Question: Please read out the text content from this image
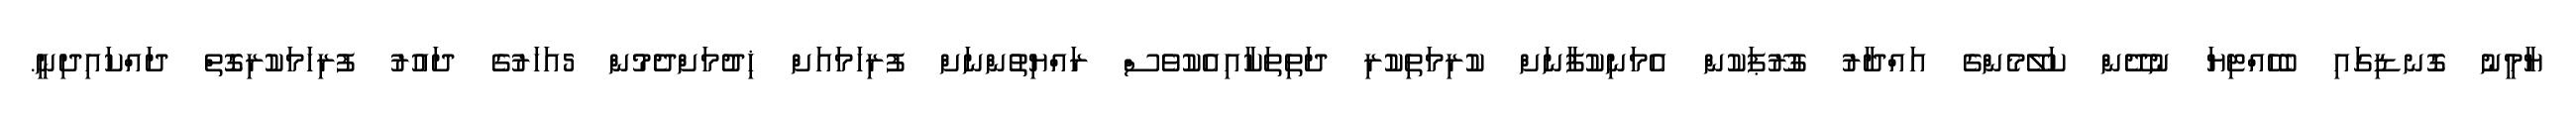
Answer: ޔާމީނު ގޮނޑިގައި ބެހެއްޓިޔަ ނުދޭން ކަލޭމެންގެ އައްދާރު ގުރޫޕަކުން އެމަނިކުފާނަށް ކުރިމަތިކުރި ދަތިތަކާއިއެކުވެސް ރައްޔިތުންނަށް ފުރިހަމައަށް ޚިދުމަށްދެމުން 5އަހަރުގެ ދައުރު ފުރިހަމަކުރިގޮތް ދައްކައިދިނީ.